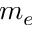
m _ { e }